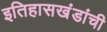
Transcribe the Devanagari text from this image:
इतिहासखंडांची